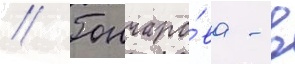
// Гончаро́ва - в